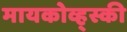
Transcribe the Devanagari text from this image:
मायकोव्ह्‌स्की